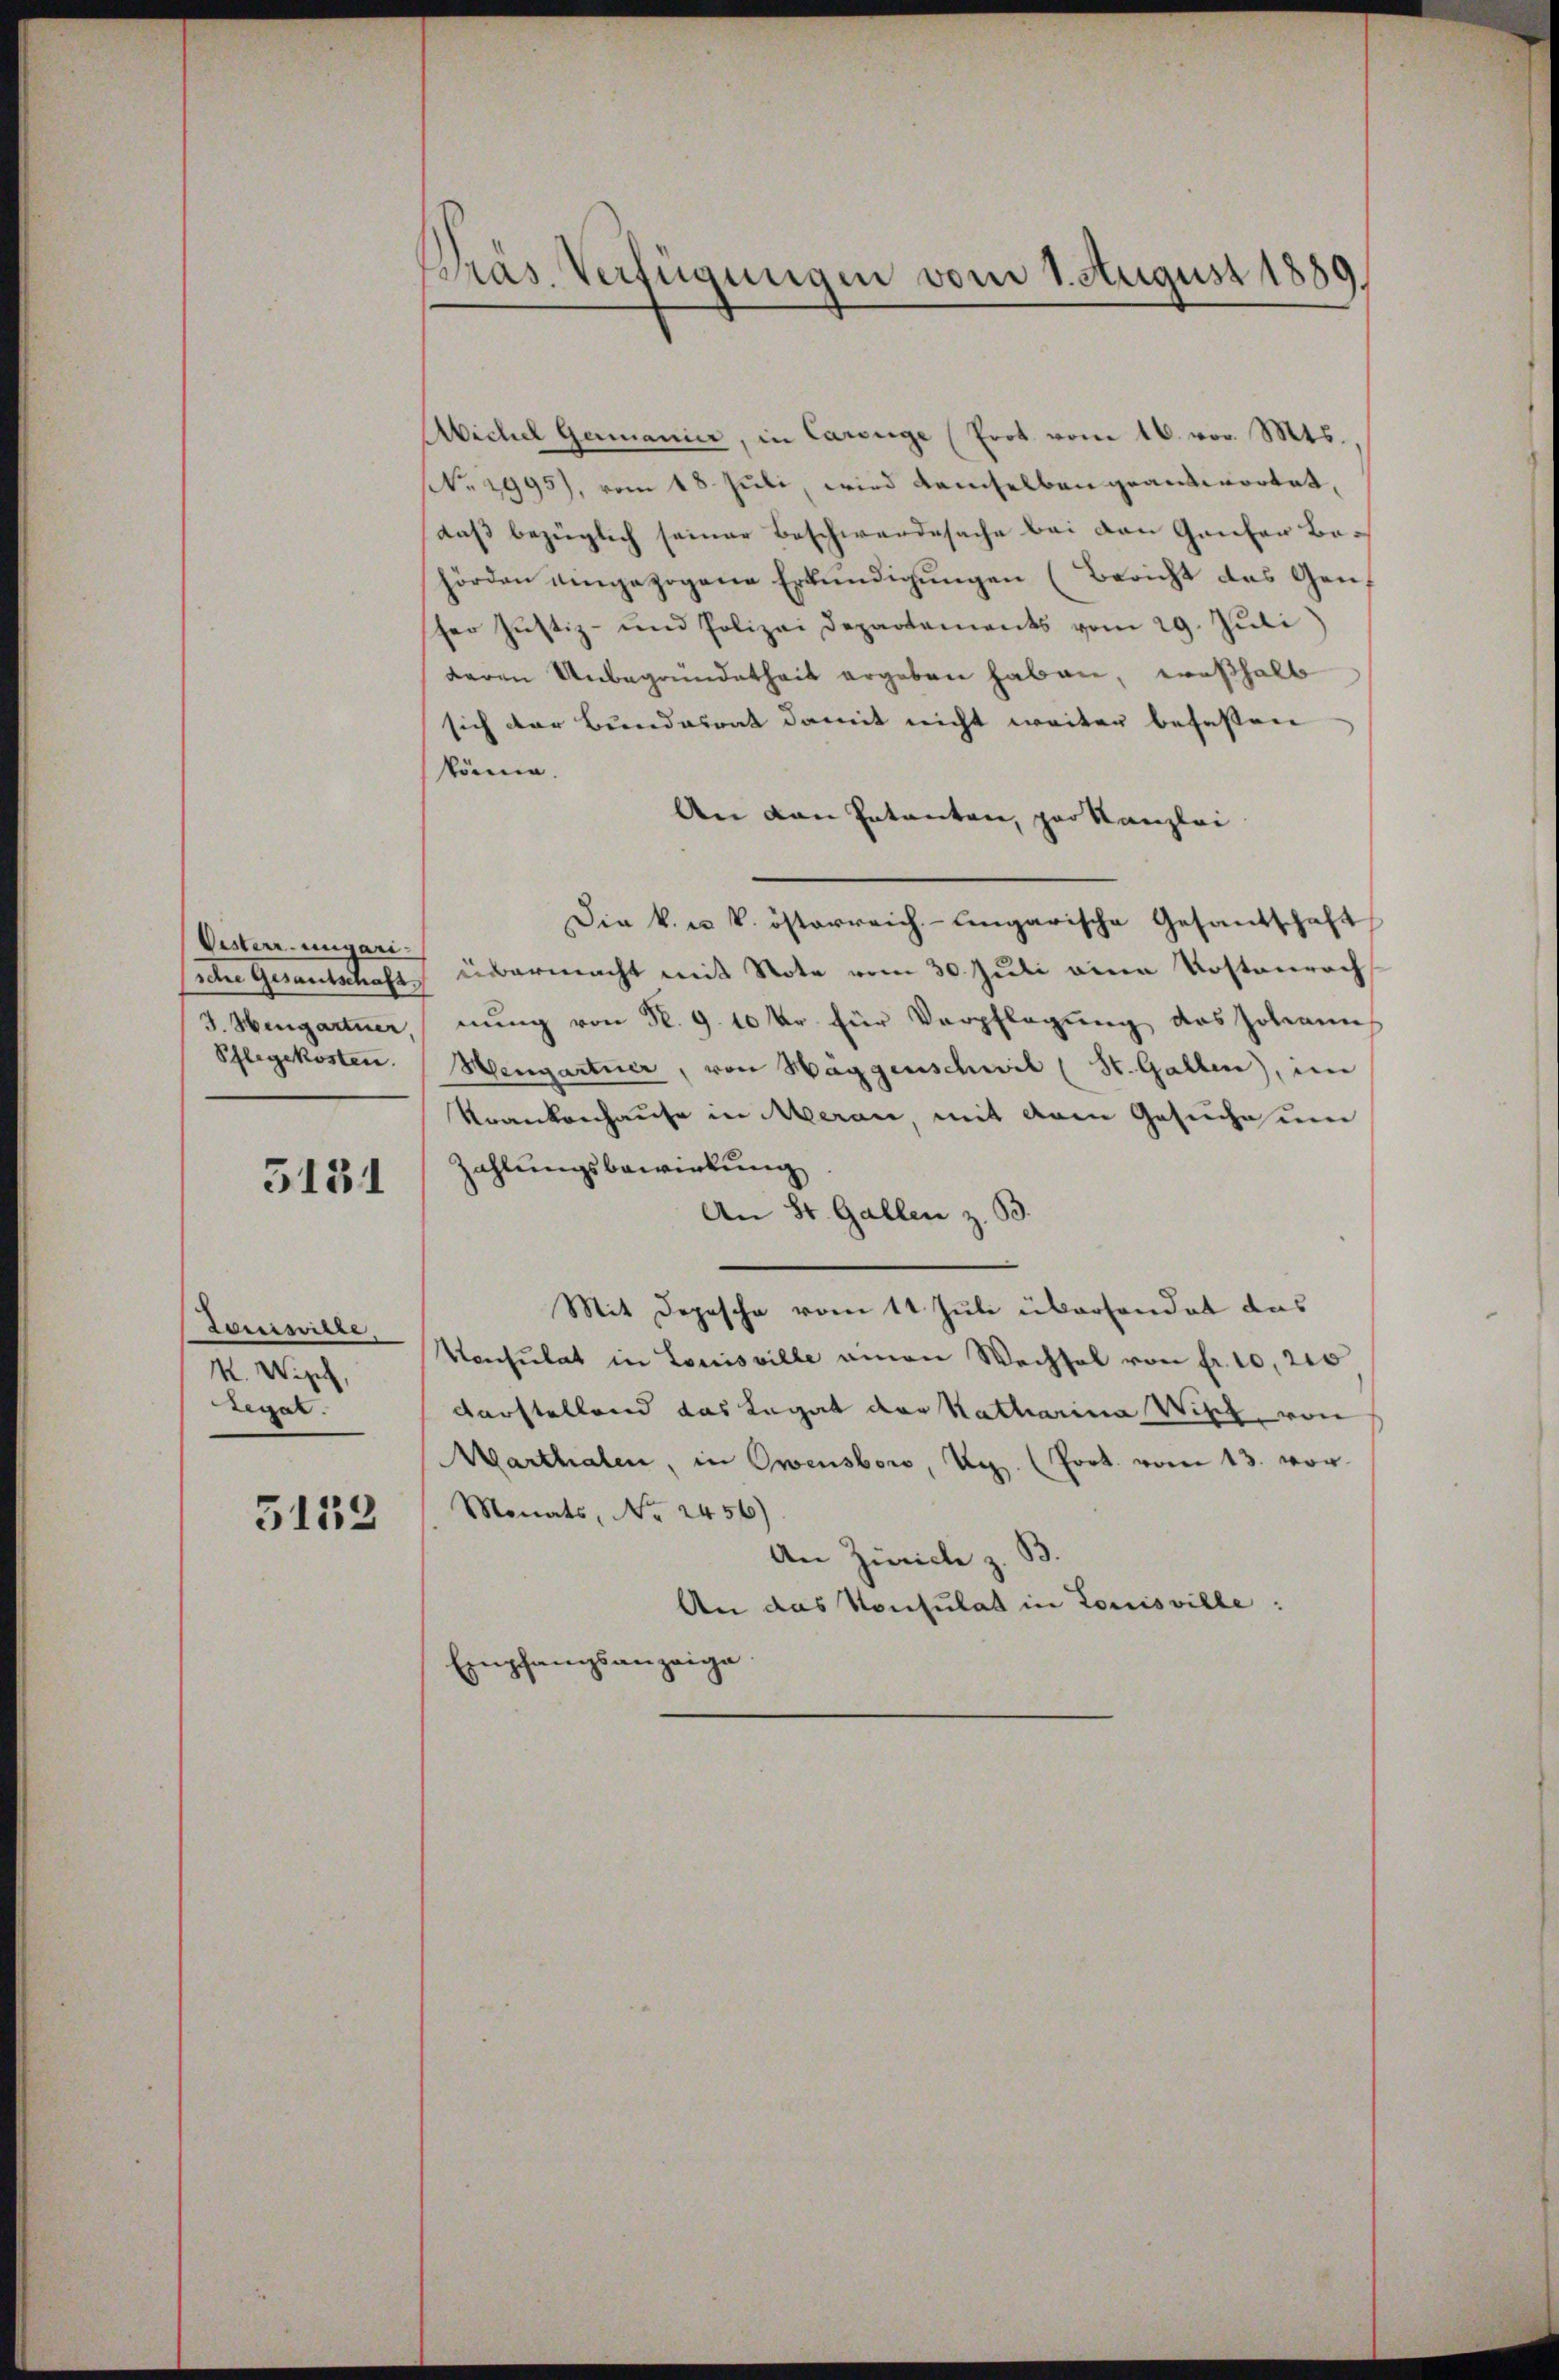
Visterr. ungari
schne Gesandtschaft.
J. Hingartner,
Pflegekosten.

5131

Lorisirte
K.Wiph
Legat.

5152

Präs. Verfügungen vom 1. August 1889.

Wichel Germanier, in Careuge (Prot vom 16. vor. Mts.
No. 1995), vom 18. Juli, wird demselben geantwortet,
daß bezüglich seiner Beschwerdesache bei den Ganter Behörden eingezogene Erkundigungen (Bericht des Genser Justiz- und Polizei Departements vom 29. Juli
deren Unbegründetheit ergeben haben, weßhalb
sich der Bundesrat damit nicht weiter befassen
könne.
An den Patenten, par Kanzlei
Die k. u. k. österreich-ungarische Gesandschaft
übermacht mit Note vom 30. Juli eine Kostenrech
nung von Nr. 9. 10 kr für Verpflegung des Johanns
Hengartner, von Haggenschwil (St. Gallen, im
Krankenhause in Meran, mit dem Gesuche um
Zahlungsbewirkung
An St. Gallen z. B.
Mit Dopesche vom 11. Juli überhandet das
Konsulat in Louisville amen Wechsel von fr. 10, 220
darstellend das Legat der Katharina Wirz, von
Marthalen, in Owensboro, Vig. (Prot. vom 13. vor¬
Monats, No 2456)
An Zürich z. B.
An das Konsulat in Louisville:
Empfangsanzeige